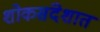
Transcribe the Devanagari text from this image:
शोकसंदेशात